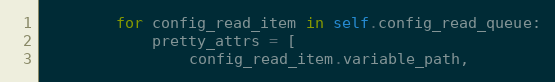
Language: Python
        for config_read_item in self.config_read_queue:
            pretty_attrs = [
                config_read_item.variable_path,